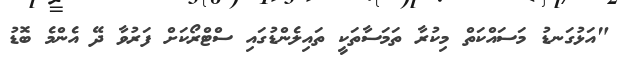
"އަޅުގަނޑު މަސައްކަތް މިކުރާ ތަމަސާތަކީ ތައިލެންޑުގައި ސްޓްރޯކަށް ފަރުވާ ދޭ އެންމެ ބޮޑު